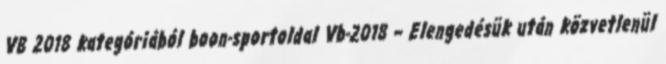
VB 2018 kategóriából boon-sportoldal Vb-2018 – Elengedésük után közvetlenül